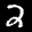
Label: 2